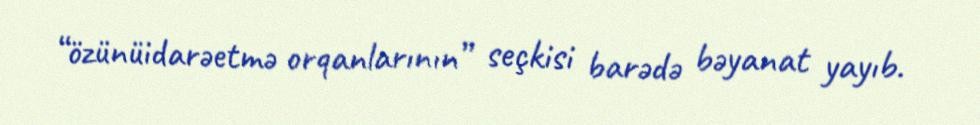
“özünüidarəetmə orqanlarının” seçkisi barədə bəyanat yayıb.